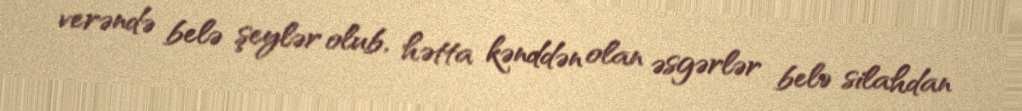
verəndə belə şeylər olub, hətta kənddən olan əsgərlər belə silahdan